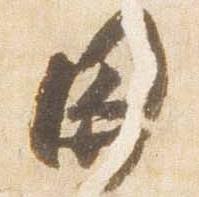
関